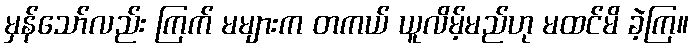
မှန်သော်လည်း ကြက် မများက တကယ် ယူလိမ့်မည်ဟု မထင်မိ ခဲ့ကြ။